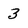
Character: 3